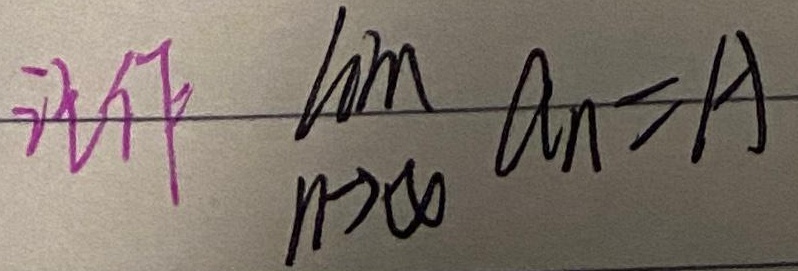
记作 \(\lim_{n \to \infty} a_n = A\)